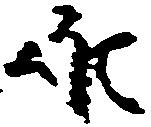
候